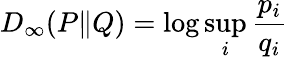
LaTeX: D_{\infty}(P\| Q)=\log\operatorname*{sup}_{i}{\frac{p_{i}}{q_{i}}}